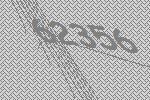
62356